Eesti_Ajutise_Maavalitsuse_haridusosakond, lk 62
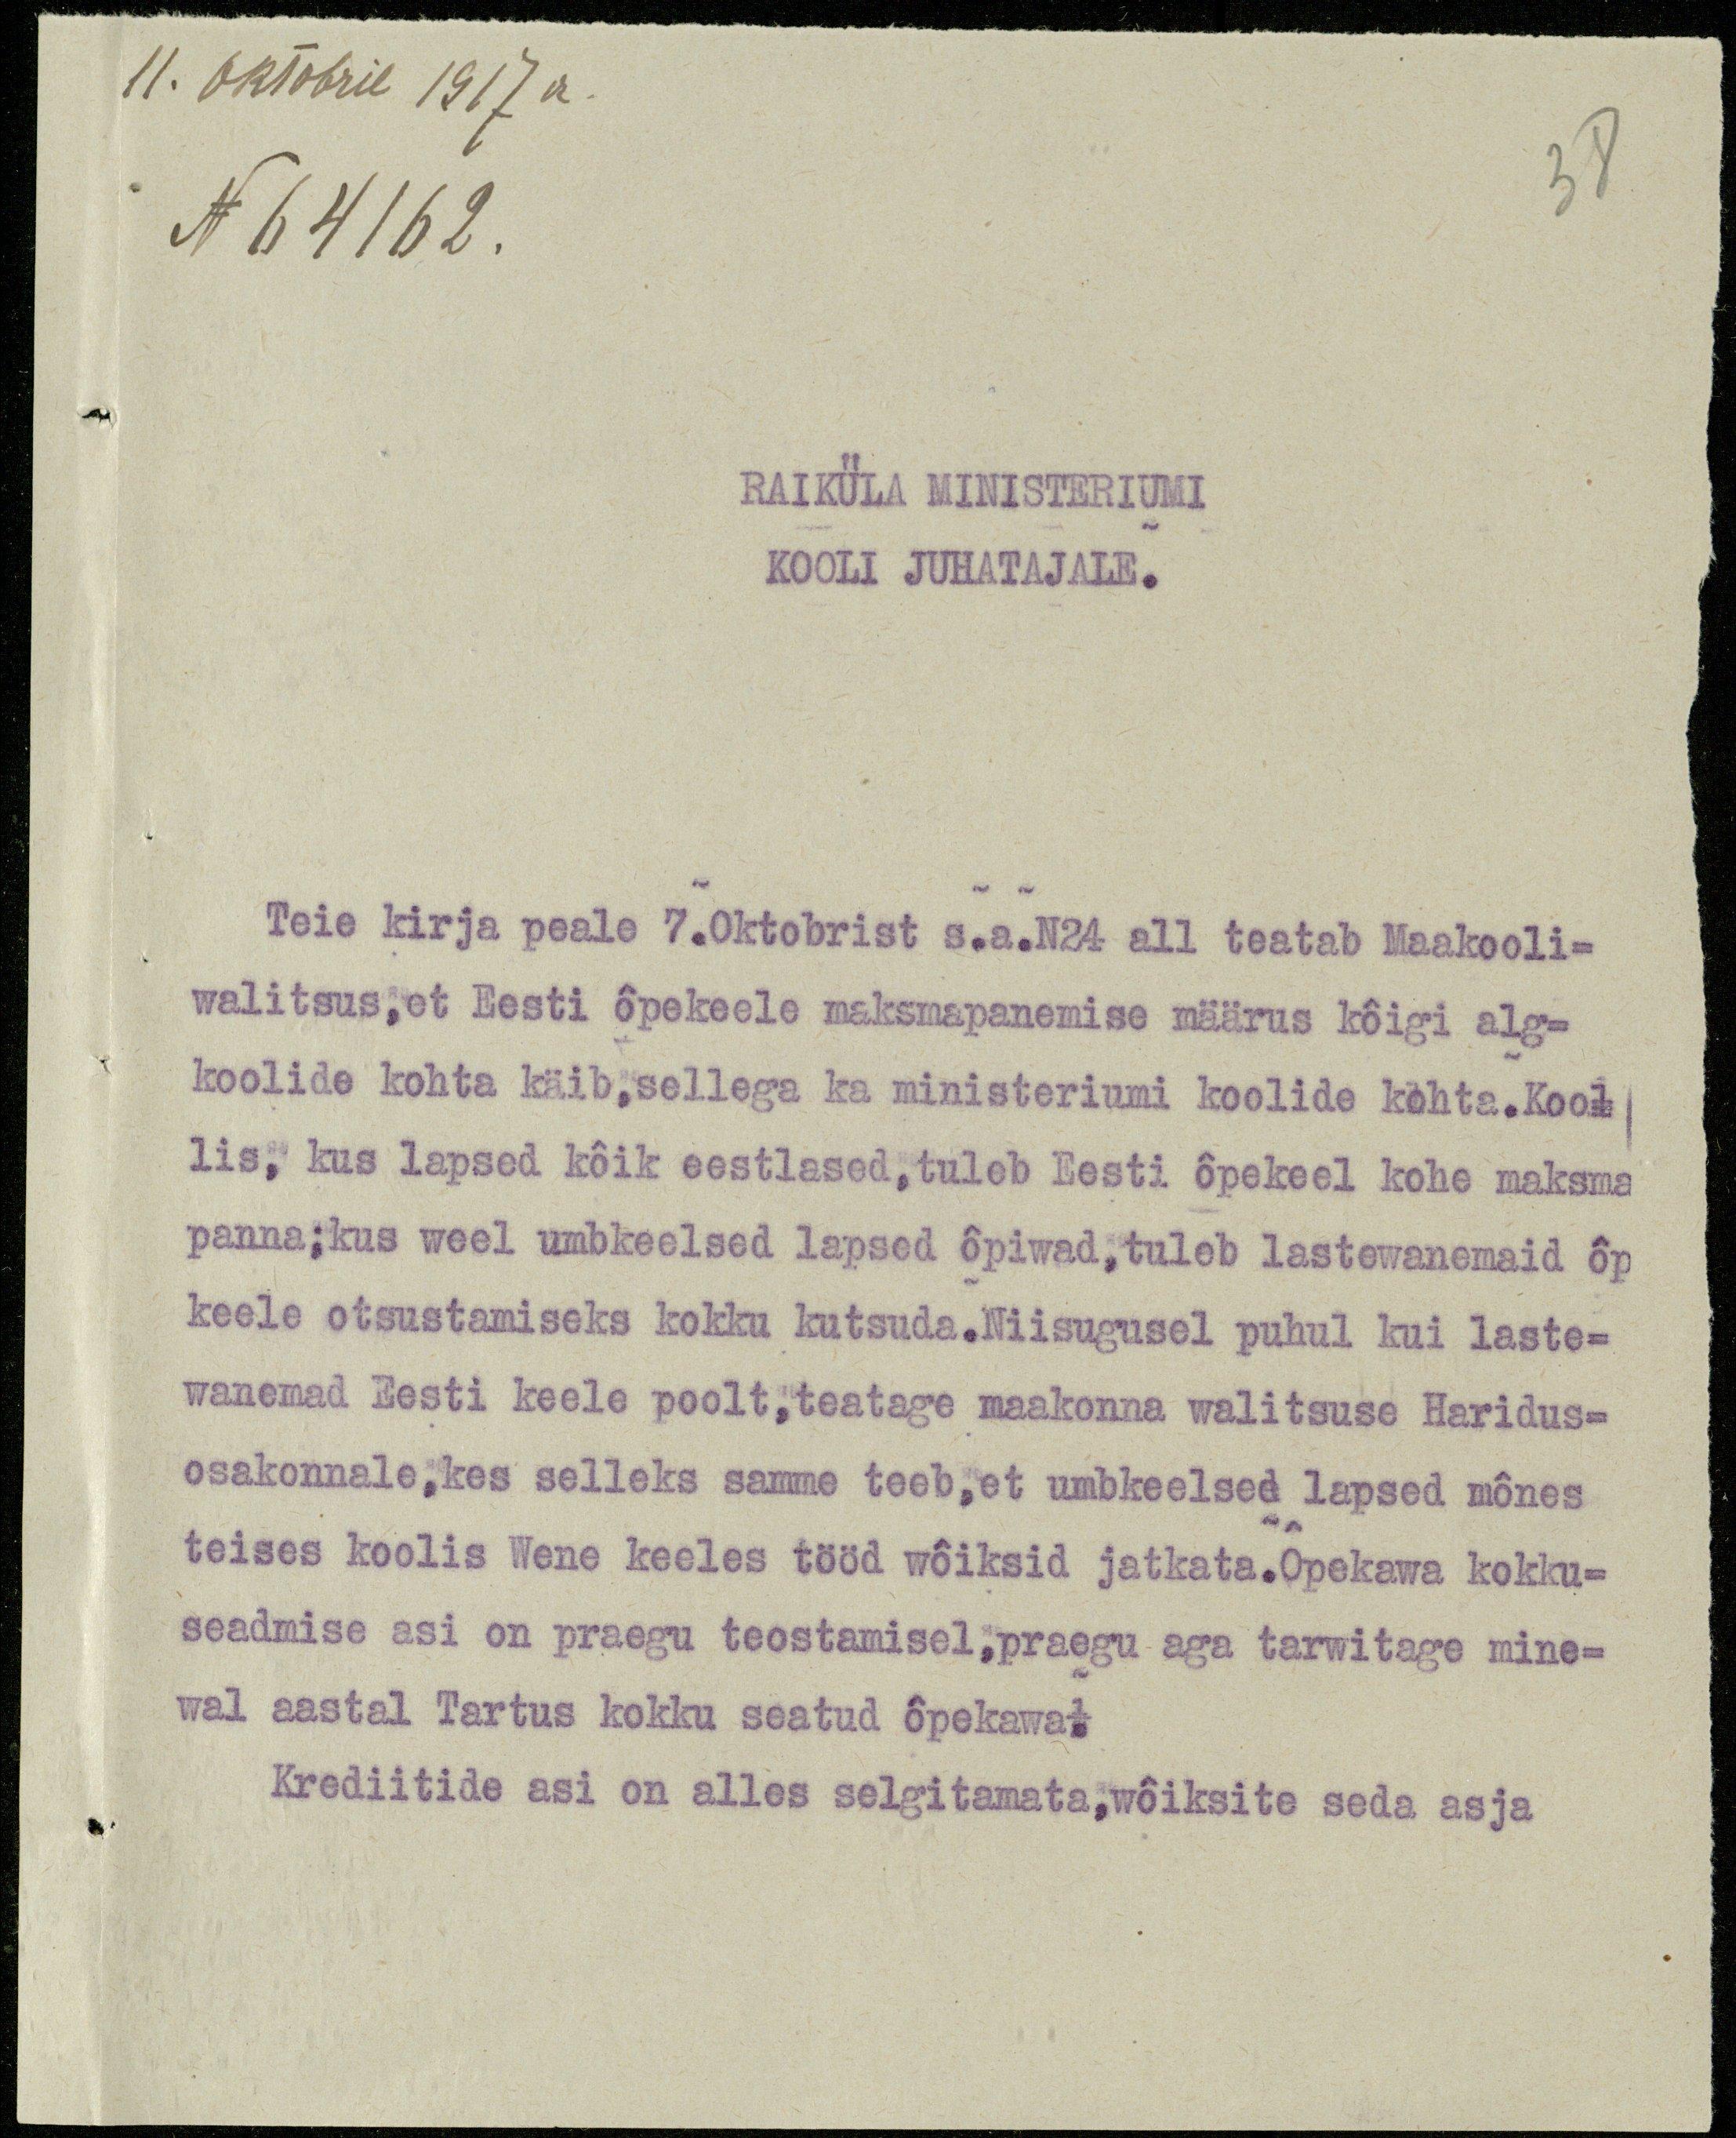
11. Oktobril 1917a.
N 64162.

38

RAIKÜLA MINISTERIUMI
KOOLI JUHATAJALE.

Teie kirja peale 7. Oktobrist s.a. N24 all teatab Maakooli-
walitsus, et Eesti õpekeele maksmapanemise määrus kõigi alg-
koolide kohta käib, sellega ka ministeriumi koolide kohta. Kool-
lis, kus lapsed kõik eestlased, tuleb Eesti õpekeel kohe maksma
panna; kus weel umbkeelsed lapsed õpiwad, tuleb lastewanemaid õp
keele otsustamiseks kokku kutsuda. Niisugusel puhul kui laste-
wanemad Eesti keele poolt, teatage maakonna walitsuse Haridus-
osakonnale, kes selleks samme teeb, et umbkeelsed lapsed mõnes
teises koolis Wene keeles tööd wõiksid jatkata. Õpekawa kokku-
seadmise asi on praegu teostamisel, praegu aga tarwitage mine-
wal aastal Tartus kokku seatud õpekawa.
Krediitide asi on alles selgitamata, wõiksite seda asja